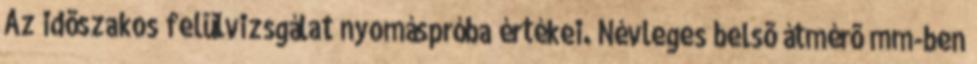
Az idõszakos felülvizsgálat nyomáspróba értékei. Névleges belsõ átmérõ mm-ben